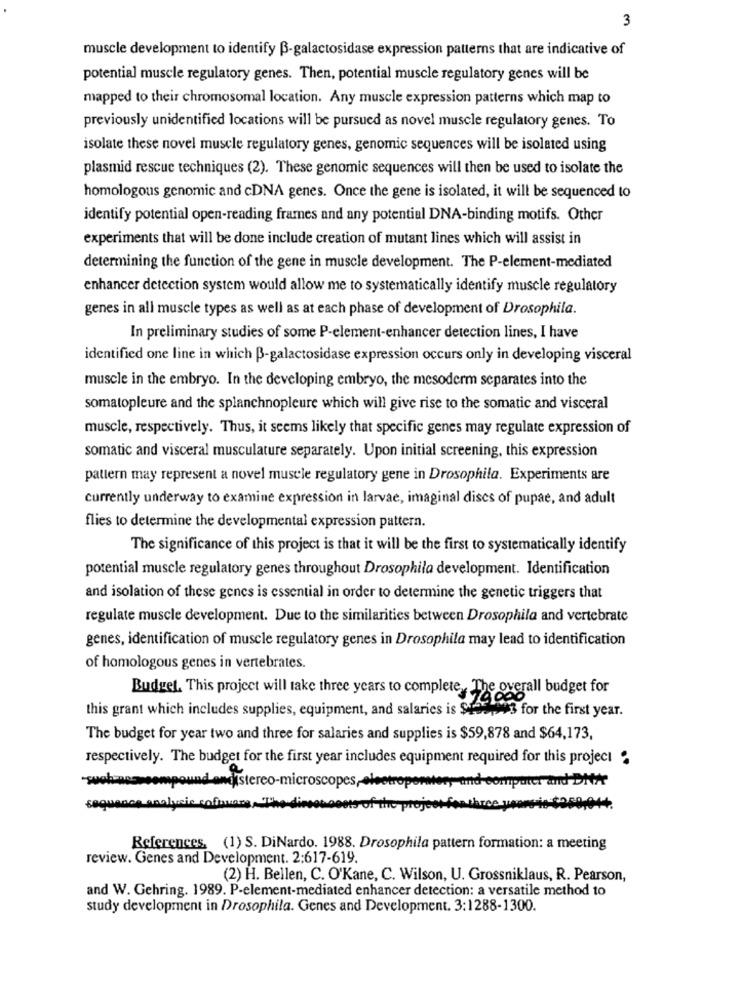
3
muscle development to identify ß-galactosidase expression patterns that are indicative of
potential muscle regulatory genes. Then, potential muscle regulatory genes will be
mapped to their chromosomal location. Any muscle expression patterns which map to
previously unidentified locations will be pursued as novel muscle regulatory genes. To
isolate these novel muscle regulatory genes, genomic sequences will be isolated using
plasmid rescue techniques (2). These genomic sequences will then be used to isolate the
homologous genomic and cDNA genes. Once the gene is isolated, it will be sequenced to
identify potential open-reading frames and any potential DNA-binding motifs. Other
experiments that will be done include creation of mutant lines which will assist in
determining the function of the gene in muscle development. The P-element-mediated
enhancer detection system would allow me to systematically identify muscle regulatory
genes in all muscle types as well as at each phase of development of Drosophila.
In preliminary studies of some P-element-enhancer detection lines, I have
identified one line in which B-galactosidase expression occurs only in developing visceral
muscle in the embryo. In the developing embryo, the mesoderm separates into the
somatopleure and the splanchnopleure which will give rise to the somatic and visceral
muscle, respectively. Thus, it seems likely that specific genes may regulate expression of
somatic and visceral musculature separately. Upon initial screening, this expression
pattern may represent a novel muscle regulatory gene in Drosophila. Experiments are
currently underway to examine expression in larvae, imaginal discs of pupae, and adult
flies to determine the developmental expression pattern.
The significance of this project is that it will be the first to systematically identify
potential muscle regulatory genes throughout Drosophila development. Identification
and isolation of these genes is essential in order to determine the genetic triggers that
regulate muscle development. Due to the similarities between Drosophila and vertebrate
genes, identification of muscle regulatory genes in Drosophila may lead to identification
of homologous genes in vertebrates.
Budget, This project will take three years to complete, The overall budget for
$29000
this grant which includes supplies, equipment, and salaries is $10513 for the first year.
The budget for year two and three for salaries and supplies is $59,878 and $64,173,
respectively. The budget for the first year includes equipment required for this project "
sequence analycie software, T
tree years in $2.50,04+.
References, (1) S. DiNardo. 1988. Drosophila pattern formation: a meeting
review. Genes and Development. 2:617-619.
(2) H. Bellen, C. O'Kane, C. Wilson, U. Grossniklaus, R. Pearson,
and W. Gehring. 1989. P-element-mediated enhancer detection: a versatile method to
study development in Drosophila. Genes and Development. 3:1288-1300.